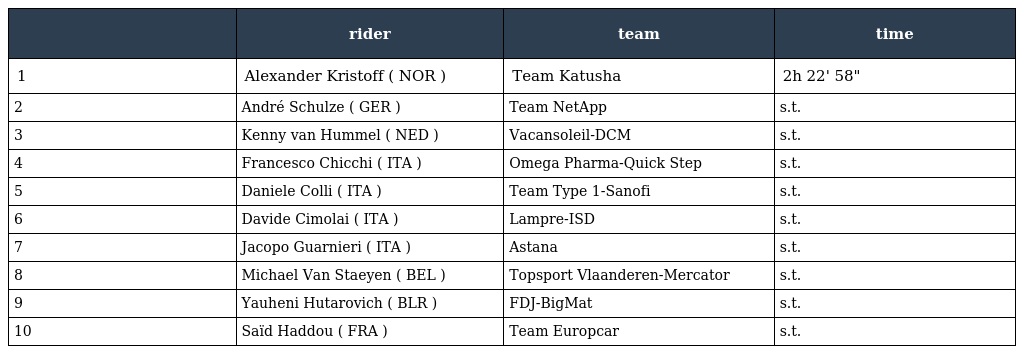
|  | rider | team | time |
 | --- | --- | --- | --- |
 | 1 | Alexander Kristoff ( NOR ) | Team Katusha | 2h 22' 58" |
 | 2 | André Schulze ( GER ) | Team NetApp | s.t. |
 | 3 | Kenny van Hummel ( NED ) | Vacansoleil-DCM | s.t. |
 | 4 | Francesco Chicchi ( ITA ) | Omega Pharma-Quick Step | s.t. |
 | 5 | Daniele Colli ( ITA ) | Team Type 1-Sanofi | s.t. |
 | 6 | Davide Cimolai ( ITA ) | Lampre-ISD | s.t. |
 | 7 | Jacopo Guarnieri ( ITA ) | Astana | s.t. |
 | 8 | Michael Van Staeyen ( BEL ) | Topsport Vlaanderen-Mercator | s.t. |
 | 9 | Yauheni Hutarovich ( BLR ) | FDJ-BigMat | s.t. |
 | 10 | Saïd Haddou ( FRA ) | Team Europcar | s.t. |